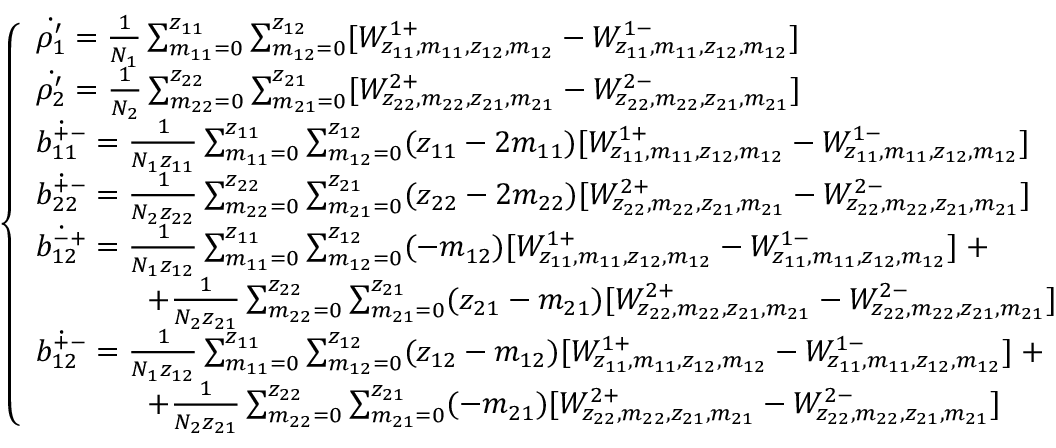
\left\{ \begin{array} { l l } { \dot { \rho _ { 1 } ^ { \prime } } = \frac { 1 } { N _ { 1 } } \sum _ { m _ { 1 1 } = 0 } ^ { z _ { 1 1 } } \sum _ { m _ { 1 2 } = 0 } ^ { z _ { 1 2 } } [ W _ { z _ { 1 1 } , m _ { 1 1 } , z _ { 1 2 } , m _ { 1 2 } } ^ { 1 + } - W _ { z _ { 1 1 } , m _ { 1 1 } , z _ { 1 2 } , m _ { 1 2 } } ^ { 1 - } ] } \\ { \dot { \rho _ { 2 } ^ { \prime } } = \frac { 1 } { N _ { 2 } } \sum _ { m _ { 2 2 } = 0 } ^ { z _ { 2 2 } } \sum _ { m _ { 2 1 } = 0 } ^ { z _ { 2 1 } } [ W _ { z _ { 2 2 } , m _ { 2 2 } , z _ { 2 1 } , m _ { 2 1 } } ^ { 2 + } - W _ { z _ { 2 2 } , m _ { 2 2 } , z _ { 2 1 } , m _ { 2 1 } } ^ { 2 - } ] } \\ { \dot { b _ { 1 1 } ^ { + - } } = \frac { 1 } { N _ { 1 } z _ { 1 1 } } \sum _ { m _ { 1 1 } = 0 } ^ { z _ { 1 1 } } \sum _ { m _ { 1 2 } = 0 } ^ { z _ { 1 2 } } ( z _ { 1 1 } - 2 m _ { 1 1 } ) [ W _ { z _ { 1 1 } , m _ { 1 1 } , z _ { 1 2 } , m _ { 1 2 } } ^ { 1 + } - W _ { z _ { 1 1 } , m _ { 1 1 } , z _ { 1 2 } , m _ { 1 2 } } ^ { 1 - } ] } \\ { \dot { b _ { 2 2 } ^ { + - } } = \frac { 1 } { N _ { 2 } z _ { 2 2 } } \sum _ { m _ { 2 2 } = 0 } ^ { z _ { 2 2 } } \sum _ { m _ { 2 1 } = 0 } ^ { z _ { 2 1 } } ( z _ { 2 2 } - 2 m _ { 2 2 } ) [ W _ { z _ { 2 2 } , m _ { 2 2 } , z _ { 2 1 } , m _ { 2 1 } } ^ { 2 + } - W _ { z _ { 2 2 } , m _ { 2 2 } , z _ { 2 1 } , m _ { 2 1 } } ^ { 2 - } ] } \\ { \dot { b _ { 1 2 } ^ { - + } } = \frac { 1 } { N _ { 1 } z _ { 1 2 } } \sum _ { m _ { 1 1 } = 0 } ^ { z _ { 1 1 } } \sum _ { m _ { 1 2 } = 0 } ^ { z _ { 1 2 } } ( - m _ { 1 2 } ) [ W _ { z _ { 1 1 } , m _ { 1 1 } , z _ { 1 2 } , m _ { 1 2 } } ^ { 1 + } - W _ { z _ { 1 1 } , m _ { 1 1 } , z _ { 1 2 } , m _ { 1 2 } } ^ { 1 - } ] \; + } \\ { \; \; \; \; \; \; \; \; \; \; \; \; \; + \frac { 1 } { N _ { 2 } z _ { 2 1 } } \sum _ { m _ { 2 2 } = 0 } ^ { z _ { 2 2 } } \sum _ { m _ { 2 1 } = 0 } ^ { z _ { 2 1 } } ( z _ { 2 1 } - m _ { 2 1 } ) [ W _ { z _ { 2 2 } , m _ { 2 2 } , z _ { 2 1 } , m _ { 2 1 } } ^ { 2 + } - W _ { z _ { 2 2 } , m _ { 2 2 } , z _ { 2 1 } , m _ { 2 1 } } ^ { 2 - } ] } \\ { \dot { b _ { 1 2 } ^ { + - } } = \frac { 1 } { N _ { 1 } z _ { 1 2 } } \sum _ { m _ { 1 1 } = 0 } ^ { z _ { 1 1 } } \sum _ { m _ { 1 2 } = 0 } ^ { z _ { 1 2 } } ( z _ { 1 2 } - m _ { 1 2 } ) [ W _ { z _ { 1 1 } , m _ { 1 1 } , z _ { 1 2 } , m _ { 1 2 } } ^ { 1 + } - W _ { z _ { 1 1 } , m _ { 1 1 } , z _ { 1 2 } , m _ { 1 2 } } ^ { 1 - } ] \; + } \\ { \; \; \; \; \; \; \; \; \; \; \; \; \; + \frac { 1 } { N _ { 2 } z _ { 2 1 } } \sum _ { m _ { 2 2 } = 0 } ^ { z _ { 2 2 } } \sum _ { m _ { 2 1 } = 0 } ^ { z _ { 2 1 } } ( - m _ { 2 1 } ) [ W _ { z _ { 2 2 } , m _ { 2 2 } , z _ { 2 1 } , m _ { 2 1 } } ^ { 2 + } - W _ { z _ { 2 2 } , m _ { 2 2 } , z _ { 2 1 } , m _ { 2 1 } } ^ { 2 - } ] } \end{array} \right.